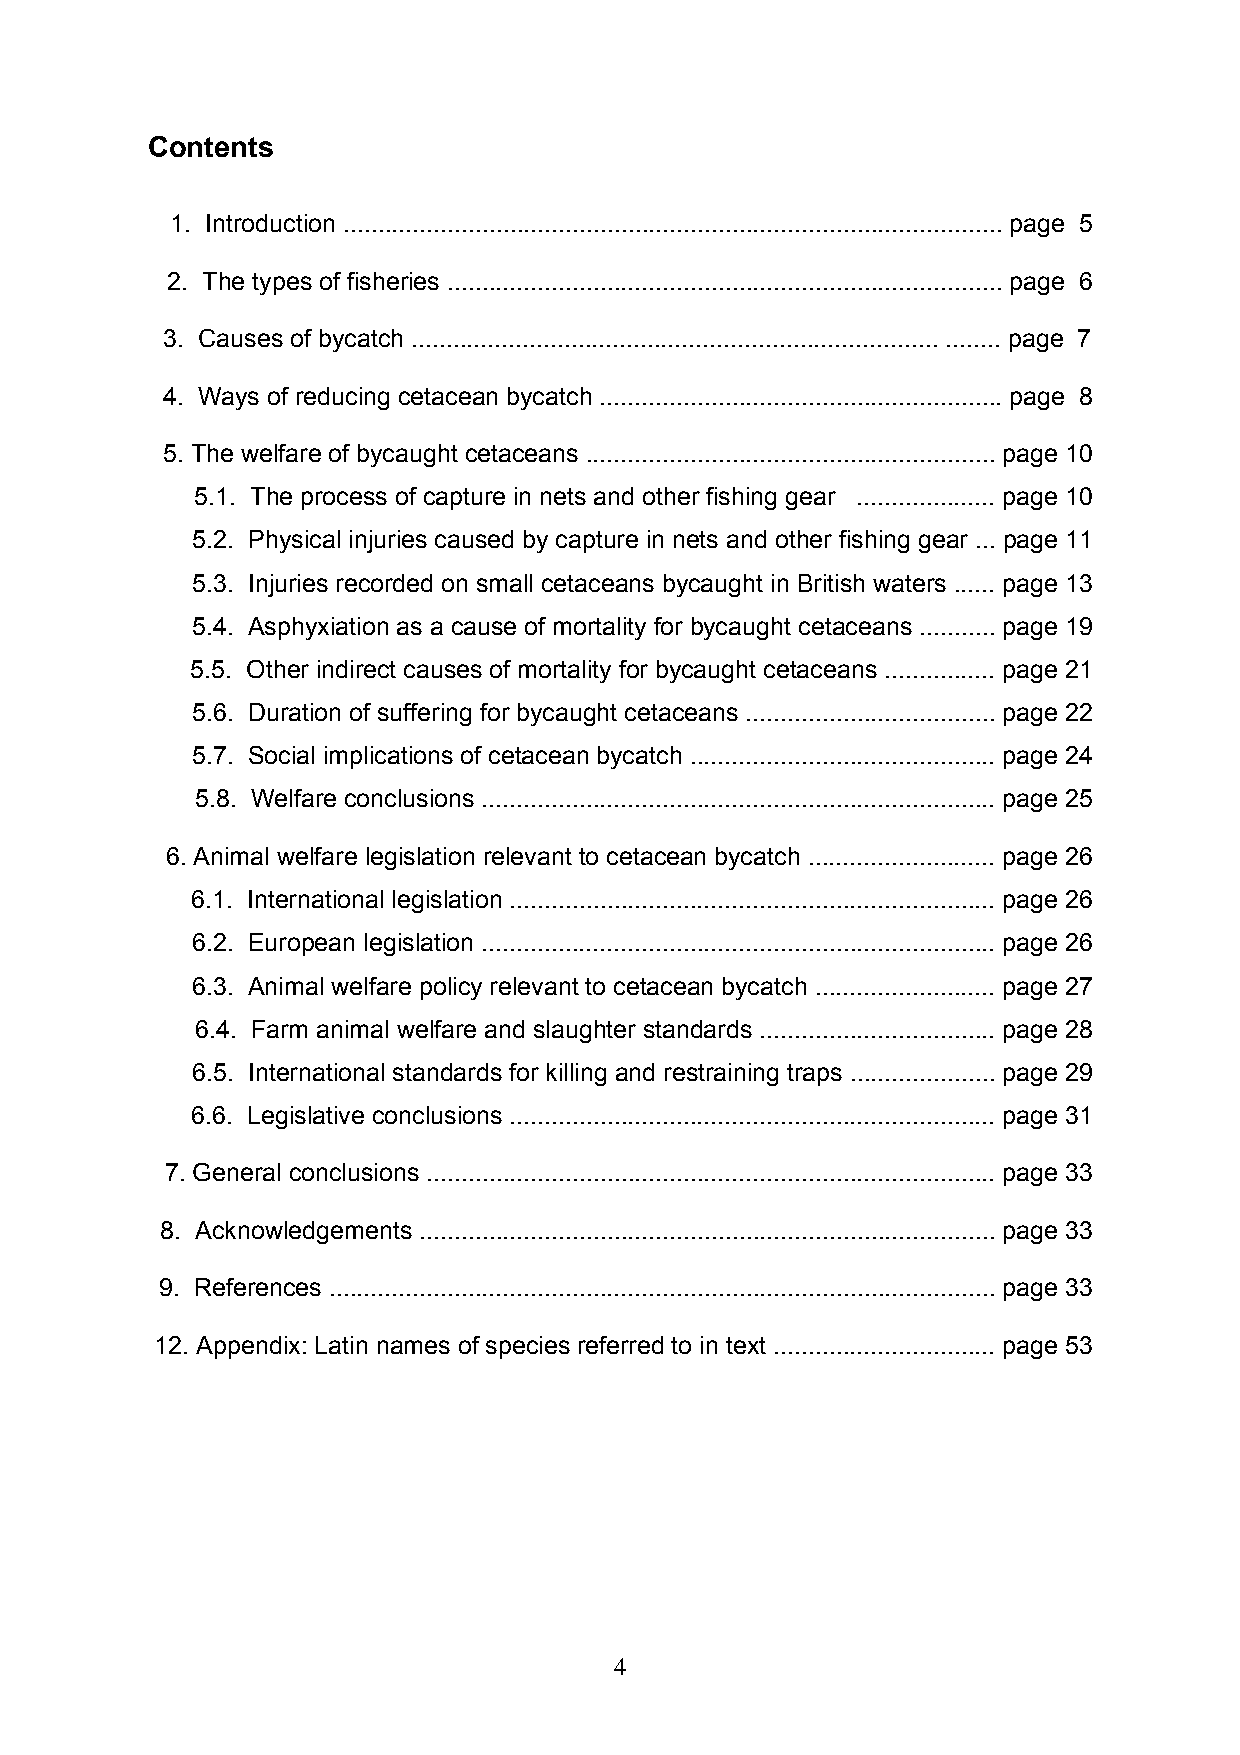
Contents
 1. Introduction ............................................................................................... page 5
 2. The types of fisheries ................................................................................ page 6
 3. Causes of bycatch ............................................................................ ........ page 7
 4. Ways of reducing cetacean bycatch .......................................................... page 8
 5. The welfare of bycaught cetaceans ........................................................... page 10
 5.1. The process of capture in nets and other fishing gear .................... page 10
 5.2. Physical injuries caused by capture in nets and other fishing gear ... page 11
 5.3. Injuries recorded on small cetaceans bycaught in British waters ...... page 13
 5.4. Asphyxiation as a cause of mortality for bycaught cetaceans ........... page 19
 5.5. Other indirect causes of mortality for bycaught cetaceans ................ page 21
 5.6. Duration of suffering for bycaught cetaceans .................................... page 22
 5.7. Social implications of cetacean bycatch ............................................ page 24
 5.8. Welfare conclusions .......................................................................... page 25
 6. Animal welfare legislation relevant to cetacean bycatch ........................... page 26
 6.1. International legislation ...................................................................... page 26
 6.2. European legislation .......................................................................... page 26
 6.3. Animal welfare policy relevant to cetacean bycatch .......................... page 27
 6.4. Farm animal welfare and slaughter standards .................................. page 28
 6.5. International standards for killing and restraining traps ..................... page 29
 6.6. Legislative conclusions ...................................................................... page 31
 7. General conclusions .................................................................................. page 33
 8. Acknowledgements ................................................................................... page 33
 9. References ................................................................................................ page 33
 12. Appendix: Latin names of species referred to in text ................................ page 53
 4